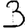
Digit: 3